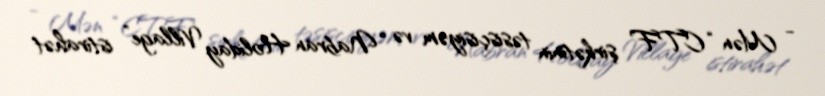
- Mən “CTF” şirkətinin təsisçisiyəm və “Nabran Holiday Village” istirahət